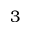
3